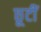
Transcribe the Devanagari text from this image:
छूटीं